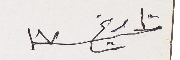
تاريخ ١٧